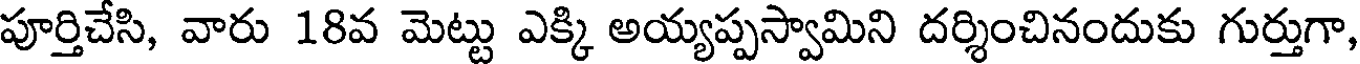
పూర్తిచేసి, వారు 18వ మెట్టు ఎక్కి అయ్యప్పస్వామిని దర్శించినందుకు గుర్తుగా,